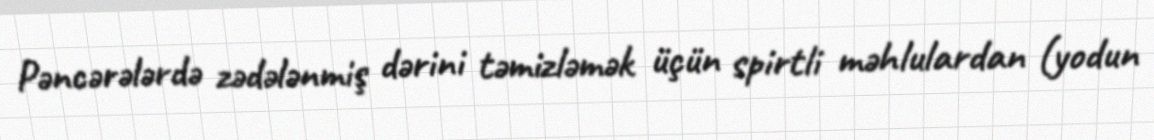
Pəncərələrdə zədələnmiş dərini təmizləmək üçün spirtli məhlulardan (yodun